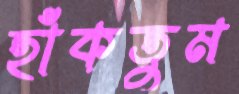
হাঁকতুম